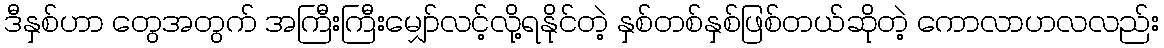
ဒီနှစ်ဟာ တွေအတွက် အကြီးကြီးမျှော်လင့်လို့ရနိုင်တဲ့ နှစ်တစ်နှစ်ဖြစ်တယ်ဆိုတဲ့ ကောလာဟလလည်း